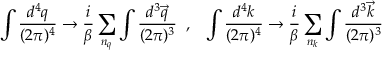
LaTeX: \int { \frac { d ^ { 4 } q } { ( 2 \pi ) ^ { 4 } } } \rightarrow { \frac { i } { \beta } } \sum _ { n _ { q } } \int { \frac { d ^ { 3 } { \vec { q } } } { ( 2 \pi ) ^ { 3 } } } \; \; , \; \; \; \int { \frac { d ^ { 4 } k } { ( 2 \pi ) ^ { 4 } } } \rightarrow { \frac { i } { \beta } } \sum _ { n _ { k } } \int { \frac { d ^ { 3 } { \vec { k } } } { ( 2 \pi ) ^ { 3 } } }